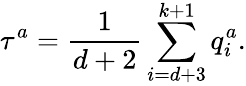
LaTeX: \tau^{a}=\frac{{1}}{d+2}\sum_{i=d+3}^{k+1}q_{i}^{a}.